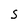
Character: S